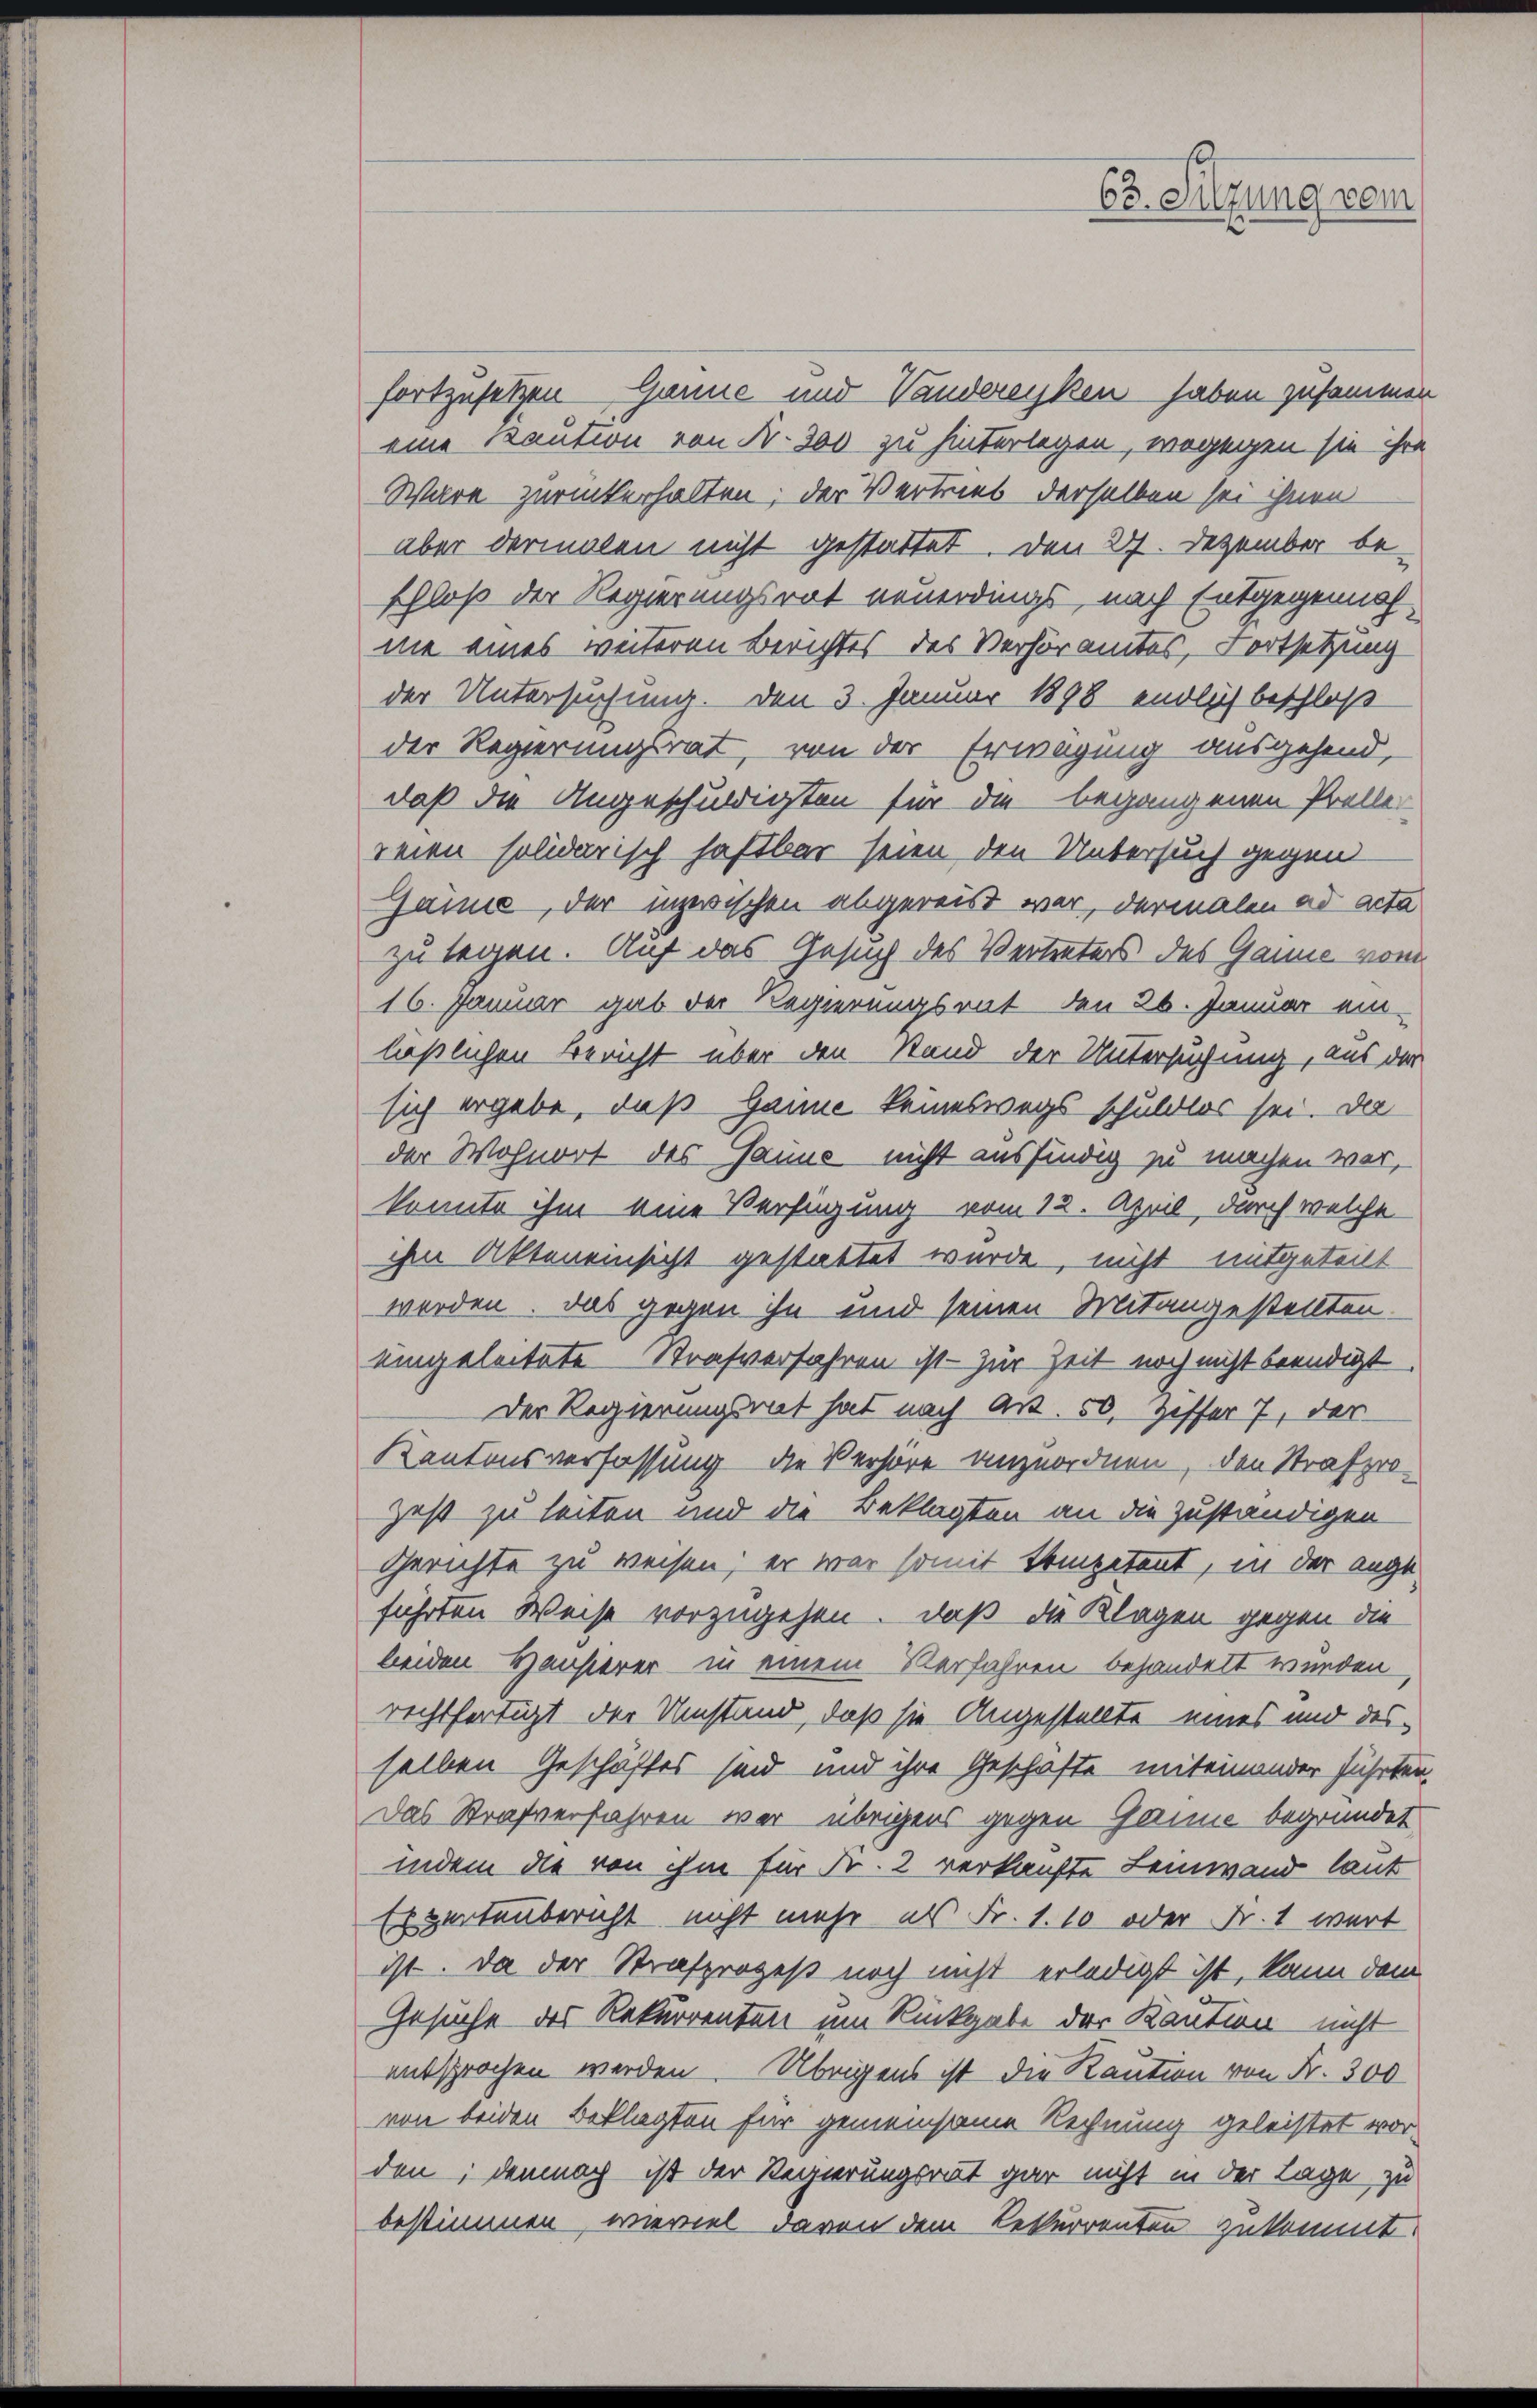
63. Sitzung vom

fortzusetzen Gaune und Vanderenken haben zusammen
eine Kaution von Fr. 300 zu hinterlegen, wogenen sie ihre
Ware zurückerhalten, der Vertrieb derselben sei ihnen
aber dermalen nicht gestattet. Den 27. Dezember be-
schloß der Regierungsrat neuerdings, nach Entgegennahme eines weiteren Berichtes des Verhöramtes, Fortsetzung
der Untersuchung. Den 3. Januar 1898 endlich beschloß
der Regierungsrat, von der Erwägung ausgehend,
daß die Angeschuldigsten für die begangenen Prelle
reien solidarisch haftbar seien den Untersuch gegen
Gämme, der inzwischen abgereist war, dermalen ad acta
zu legen. Auf das Gesuch des Vertreters des Ganne vom
16. Januar gab der Regierungsrat den 26. Januar einläßlichen Bericht über den Stand der Untersuchung, aus der
sich ergebe, daß Hanne keineswegs schuldlos sei. Da
der Wohnort des Gaune nicht ausfindig zu machen war,
konnte ihm eine Verfügung vom 12. April, durch welche
ihm Akteneinsicht gestattet wurde, nicht mitgeteilt.
werden. Das gegen ihn und seinen Mitangestellten
eingeleitete Strafverfahren ist - zur Zeit noch nicht beendigt
Der Regierungsrat hat nach Art. 50, Ziffer 7, der
Kantonsverfassung die Verhöre anzuordnen, den Strafprogest zu leiten und die Beklagten an die zuständigen
Gerichte zu weisen; er war somit tempetent, in der angeführten Weise vorzugehen, daß die Klagen gegen die
beiden Hausierer in einem Verfahren behandelt werden
rechtfertigt der Umstand, daß sie Angestellte eines und desselben Geschäftes sind und ihre Geschäfte miteinander führten,
Das Strafverfahren war übrigens gegen Ganze begründet
indem die von ihm für Fr. 2 verkaufte Leinwand laut
Erperteubericht nicht mehr als Fr. 1.10 oder Fr. 1 wert
ist. Da der Strafprozeß noch nicht erledigt ist, kann dem
Gesuche des Rekurrenten um Rückgabe der Kaution nicht
entsprochen werden. Übrigens ist die Kaution von Fr. 300
von beiden Beklagten für gemeinsame Rechnung geleistet wor-
den; demnach ist der Regierungsrat gar nicht in der Lage zu
bestimmen, wieviel davon dem Rekurrenten zukommt.